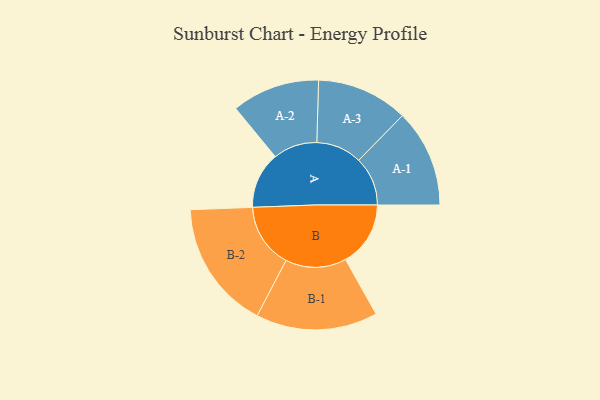
{"axis": {"x": "Segment", "y": "Value"}, "legend": ["", "A", "B"], "data": [{"x": "A", "y": 231, "type": ""}, {"x": "B", "y": 266, "type": ""}, {"x": "A-1", "y": 200, "type": "A"}, {"x": "A-2", "y": 180, "type": "A"}, {"x": "A-3", "y": 187, "type": "A"}, {"x": "B-1", "y": 249, "type": "B"}, {"x": "B-2", "y": 264, "type": "B"}]}